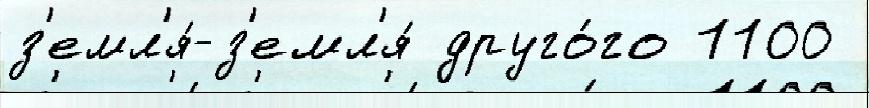
з'емл'я́-з'емл'я́ друго́го 1100